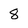
Character: 8